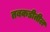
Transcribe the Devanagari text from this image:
तबकडीतील